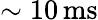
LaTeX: \sim 10\, \mathrm{ms}